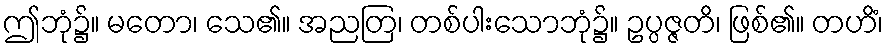
ဤဘုံ၌။ မတော၊ သေ၏။ အညတြ၊ တစ်ပါးသောဘုံ၌။ ဥပ္ပဇ္ဇတိ၊ ဖြစ်၏။ တဟိံ၊